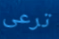
ترعى